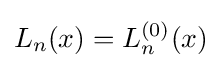
L_{n}(x)=L_{n}^{(0)}(x)